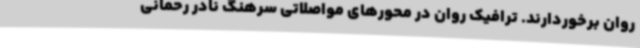
روان برخوردارند. ترافیک روان در محورهای مواصلاتی سرهنگ نادر رحمانی